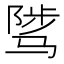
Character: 骘